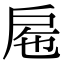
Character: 𢨹